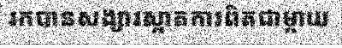
រកបានសង្សារស្អាតការពិតជាម្តាយ